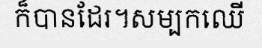
ក៏បានដែរ។សម្បកឈើ